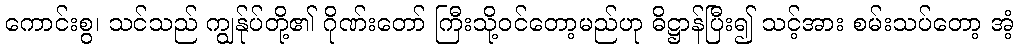
ကောင်းစွ၊ သင်သည် ကျွန်ုပ်တို့၏ ဂိုဏ်းတော် ကြီးသို့ဝင်တော့မည်ဟု ဓိဋ္ဌာန်ပြီး၍ သင့်အား စမ်းသပ်တော့ အံ့